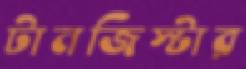
টানজিস্টার